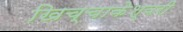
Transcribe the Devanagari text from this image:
खिच्चाकेश्वरी